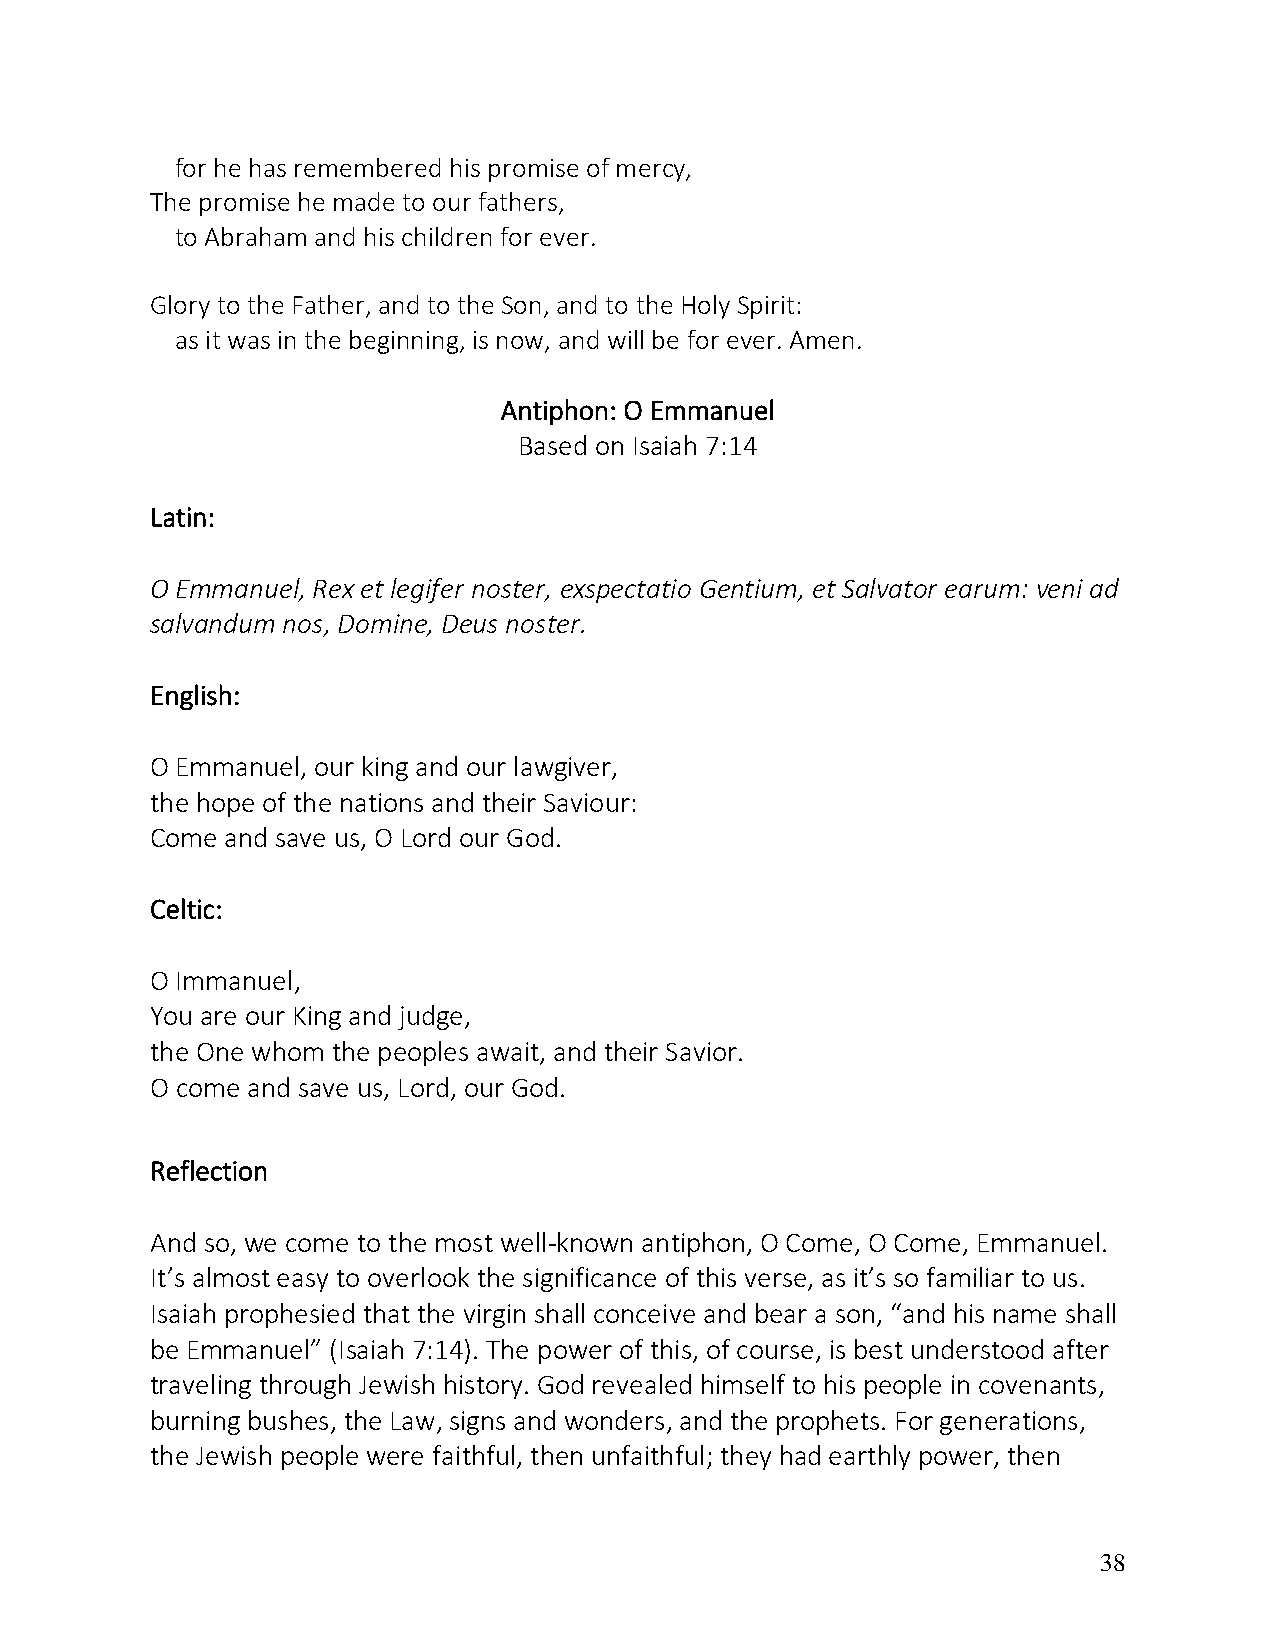
for he has remembered his promise of mercy,
 The promise he made to our fathers,
 to Abraham and his children for ever.
 Glory to the Father, and to the Son, and to the Holy Spirit:
 as it was in the beginning, is now, and will be for ever. Amen.
 Antiphon: O Emmanuel
 Based on Isaiah 7:14
 Latin:
 O Emmanuel, Rex et legifer noster, exspectatio Gentium, et Salvator earum: veni ad
 salvandum nos, Domine, Deus noster.
 English:
 O Emmanuel, our king and our lawgiver,
 the hope of the nations and their Saviour:
 Come and save us, O Lord our God.
 Celtic:
 O Immanuel,
 You are our King and judge,
 the One whom the peoples await, and their Savior.
 O come and save us, Lord, our God.
 Reflection
 And so, we come to the most well-known antiphon, O Come, O Come, Emmanuel.
 It’s almost easy to overlook the significance of this verse, as it’s so familiar to us.
 Isaiah prophesied that the virgin shall conceive and bear a son, “and his name shall
 be Emmanuel” (Isaiah 7:14). The power of this, of course, is best understood after
 traveling through Jewish history. God revealed himself to his people in covenants,
 burning bushes, the Law, signs and wonders, and the prophets. For generations,
 the Jewish people were faithful, then unfaithful; they had earthly power, then
 38